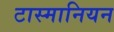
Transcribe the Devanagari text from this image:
टास्मानियन